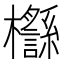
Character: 𣠡